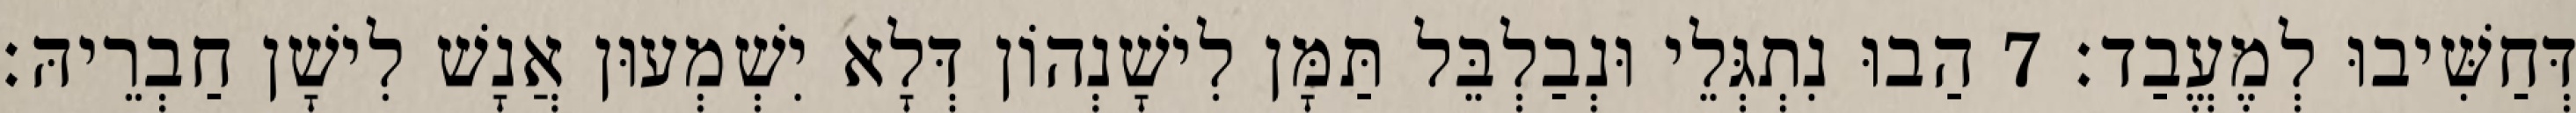
דְּחַשִּׁיבוּ לְמֶעֱבַד׃ 7 הַבוּ נִתְגְּלֵי וּנְבַלְבֵּל תַּמָּן לִישָׁנְהוֹן דְּלָא יִשְׁמְעוּן אֲנָשׁ לִישָׁן חַבְרֵיהּ׃